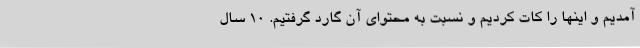
آمدیم و اینها را کات کردیم و نسبت به محتوای آن گارد گرفتیم. ۱۰ سال